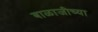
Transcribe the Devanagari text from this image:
बाळाजीच्या